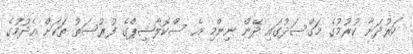
ހަރުދަނާ ކުރުމުގެ މަގްސަދުގައި ދޭން ނިންމި އެ ސްކޮލާޝިޕްގެ ފުރުސަތު ތަކަށް އެދުމުގެ